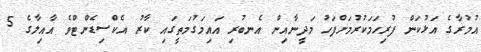
އުމުރާގެ އަޅުކަން ފުރިހަމަކުރުމަށްފަހު މަދީނާއިން އެނބުރި އައިމަގުމަތީގައި ކާރު އެކްސިޑެންޓްވެ އާއިލާގެ 5